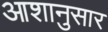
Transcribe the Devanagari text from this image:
आशानुसार